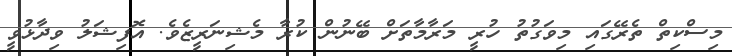
މިސްކިތް ތެރޭގައި މިވަގުުތު ހުރީ މަރާމާތަށް ބޭނުން ކުރާ މެޝިނަރީޒެވެ. އޮފިޝަލު ވިދާޅުވީ